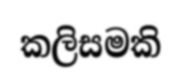
කලිසමකි